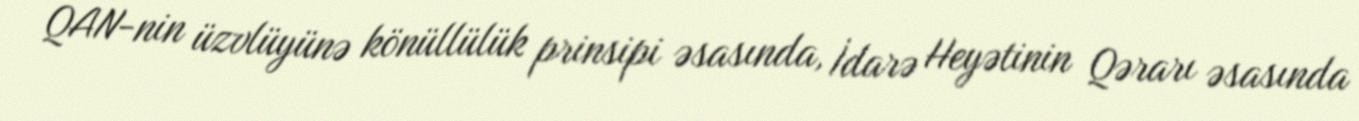
QAN-nin üzvlüyünə könüllülük prinsipi əsasında, İdarə Heyətinin Qərarı əsasında